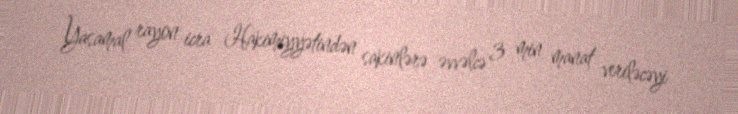
Yasamal rayon icra Hakimiyyətindən sakinlərə əvvəlcə 3 min manat veriləcəyi